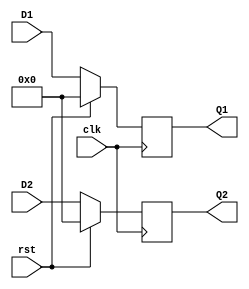
/*** D-flipflop Behavioral 8-bit Twin Register Set ***/
module Reg_set_bh (Q1, Q2, D1, D2, clk, rst);
    input [7:0]D1, D2;
    input clk, rst;
    output reg [7:0]Q1, Q2;

    always@(posedge clk)
        if(rst)
            begin
                Q1 <= 0;
                Q2 <= 0;
            end
        else
            begin
                Q1 <= D1;
                Q2 <= D2;
            end
endmodule